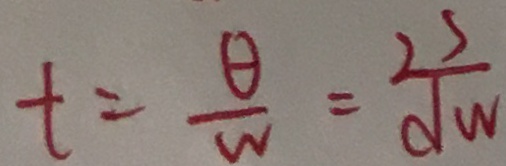
t = \frac { \theta } { w } = \frac { 2 s } { \sqrt { W } }